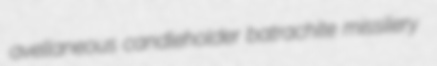
avellaneous candleholder batrachite missilery